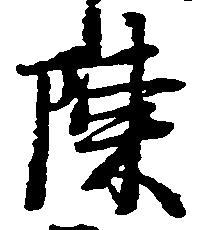
陳